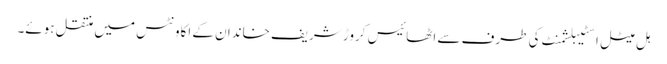
ہل میٹل اسٹیبلشمنٹ کی طرف سے اٹھائیس کروڑ شریف خاندان کے اکاونٹس میں منتقل ہوئے۔